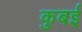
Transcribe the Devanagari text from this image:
कुबई